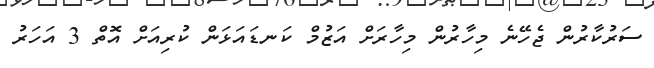
ސަރުކާރުން ޖެހޭނެ މިހާރުން މިހާރަށް އަޒުމް ކަނޑައަޅަން ކުރިއަށް އޮތް 3 އަހަރު